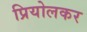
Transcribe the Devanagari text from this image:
प्रियोलकर